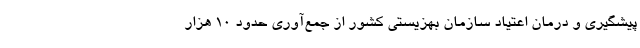
پیشگیری و درمان اعتیاد سازمان بهزیستی کشور از جمع‌آوری حدود ۱۰ هزار